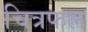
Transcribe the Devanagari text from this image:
चित्रफल